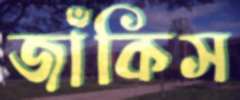
জাঁকিস